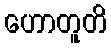
ဟောတူတိ